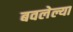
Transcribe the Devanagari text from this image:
बवलेल्या